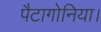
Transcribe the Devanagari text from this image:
पैटागोनिया।